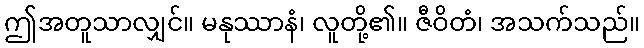
ဤအတူသာလျှင်။ မနုဿာနံ၊ လူတို့၏။ ဇီဝိတံ၊ အသက်သည်။